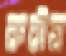
করীষ